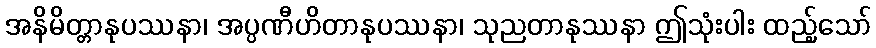
အနိမိတ္တာနုပဿနာ၊ အပ္ပဏီဟိတာနုပဿနာ၊ သုညတာနုဿနာ ဤသုံးပါး ထည့်သော်